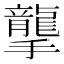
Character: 𢸭